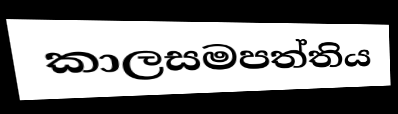
කාලසමපත්තිය